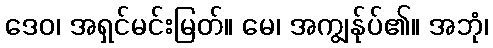
ဒေဝ၊ အရှင်မင်းမြတ်။ မေ၊ အကျွန်ုပ်၏။ အဘုံ၊